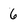
Character: 6